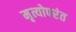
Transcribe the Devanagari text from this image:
मृत्योपरंत